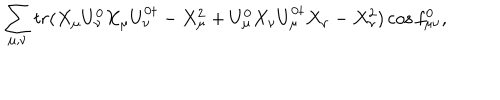
LaTeX: \sum _ { \mu , \nu } { t r ( X _ { \mu } U _ { \nu } ^ { 0 } X _ { \mu } U _ { \nu } ^ { 0 \dagger } - X _ { \mu } ^ { 2 } + U _ { \mu } ^ { 0 } X _ { \nu } U _ { \mu } ^ { 0 \dagger } X _ { \nu } - X _ { \nu } ^ { 2 } ) \cos { f _ { \mu \nu } ^ { 0 } } } ,